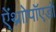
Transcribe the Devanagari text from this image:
ऐं्थ्राोपॉएडों